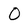
Character: O